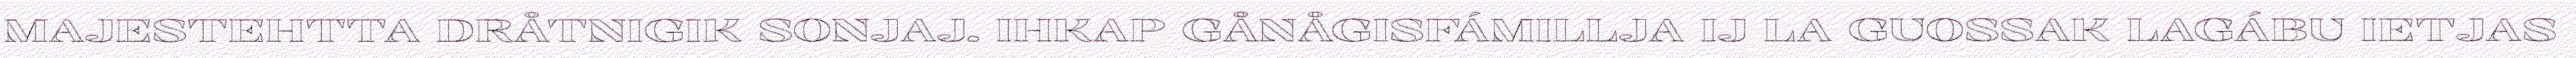
MAJESTEHTTA DRÅTNIGIK SONJAJ. IHKAP GÅNÅGISFÁMILLJA IJ LA GUOSSAK LAGÁBU IETJAS